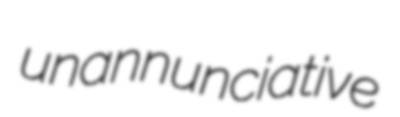
unannunciative